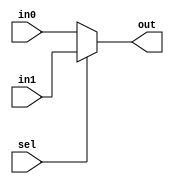
`timescale 1ns / 1ps
//////////////////////////////////////////////////////////////////////////////////
// Company: 
// Engineer: 
// 
// Design Name: 
// Module Name: RISC_16bit_Datapath
// Project Name: 
// Target Devices: 
// Tool Versions: 
// Description: 
// 
// Dependencies: 
// 
// Revision:
// Revision 0.01 - File Created
// Additional Comments:
// 
//////////////////////////////////////////////////////////////////////////////////


module mux2in#( parameter W = 8 )
    ( in0,
      in1,
      sel,
      out
    );
    
    input  [W-1:0] in0;
    input  [W-1:0] in1;
    input          sel;
    
    output [W-1:0] out;
    
    assign out = sel ? in1 : in0;
    
endmodule
//-----------------------------------------------------------------
//-----------------------------------------------------------------
module DataReg#( parameter W = 16 )
    ( clk,
      addr,
      rd,
      wr,
      W_data,
      R_data
    );
    
    input          clk;
    input  [W-9:0] addr;   // 8-bit address to allow 256 selections for DREG
    input          rd;
    input          wr;
    input  [W-1:0] W_data;
    
    output reg [W-1:0] R_data;
 
    reg [15:0] DMEM [0:255]; //256 addresses 16-bits long.   
    
    // INITIALIZE/CREATE VALUES TO PUT IN DMEM[addr] 
    
    integer i;
    
    initial 
    begin
      R_data = 0;
      for ( i = 0; i < 256; i = i+1 )    
        begin
          DMEM[i] = 0;  
        end
    end  
    
    always @( posedge clk )
      begin
        if ( wr == 1'b1 )
          DMEM[addr] <= W_data[W-1:0]; // In the specified address of DREG[], store Write data.
      end
          
    always @( posedge clk )
      begin
        if ( rd == 1'b1 )
          R_data <= DMEM[addr];
        else
          R_data <= R_data;
      end  
    
endmodule
//-----------------------------------------------------------------
//-----------------------------------------------------------------
module mux3in#( parameter W = 16 )
    ( in0,
      in1,
      in2,
      s0,
      s1,
      out
    );
    
    input  [W-1:0] in0;
    input  [W-1:0] in1;
    input  [W-9:0] in2;
    input          s0;
    input          s1;
    
    output reg [W-1:0] out;
    
    // in2 also needs to consider 8-bit sign extended immediate ( LI operation ).
    // if s1 is high and s0 is high, then check if the MSB of in2 is high.
    // if it is, then sign-extend high to 16 bits, else sign-extend low to 16 bits.
    // if s1 is high and s0 is low, then input is in1.
    // if s1 is low then input is in0. 
        
    always @(*)
      begin
        case ( {s1, s0} )
          2'b00: out = in0;
          
          2'b01: out = in1;
          
          2'b10: begin
                   if ( in2[W-9] == 1'b1 )
                     out = {8'hFF, in2[W-9:0]};
                   else 
                     out = {8'h00, in2[W-9:0]};
                 end

          default: out = in0;
        endcase
      end
        
endmodule
//-----------------------------------------------------------------
//-----------------------------------------------------------------
module RegisterFile#( parameter W = 16 )
    ( clk,
      W_data,
      W_addr,
      W_wr,
      Rp_addr,
      Rp_rd,
      Rq_addr,
      Rq_rd,
      Rp_data,
      Rq_data
    );
    
    input  clk;
    input  [W-1:0] W_data;
    input  [3:0]   W_addr;
    input          W_wr;
    input  [3:0]   Rp_addr;
    input          Rp_rd;
    input  [3:0]   Rq_addr;
    input          Rq_rd;
    
    output reg [W-1:0] Rp_data;
    output reg [W-1:0] Rq_data;
        
    reg [15:0] RFMEM [0:15];
    
    integer i;
    
    initial 
    begin
      Rp_data = 0;
      Rq_data = 0;
      for ( i = 0; i < 16; i = i+1 )
        begin
          RFMEM[i] = 0;
        end
    end  
    
    always @( posedge clk )
      begin
        if ( W_wr == 1'b1 )
          RFMEM[W_addr] <= W_data[W-1:0]; 
      end
    
    always @( posedge clk ) 
      begin
        if ( Rp_rd == 1'b1 )
          begin
            RFMEM[Rp_addr] <= Rp_addr; // instead of manually setting values.
            Rp_data        <= RFMEM[Rp_addr];  
          end
        if ( Rq_rd == 1'b1 )
          begin
            RFMEM[Rq_addr] <= Rq_addr; // instead of manually setting values.
            Rq_data        <= RFMEM[Rq_addr]; 
          end
      end
    
endmodule
//-----------------------------------------------------------------
//-----------------------------------------------------------------
module EQZero#( parameter W = 16 )
    ( in0,
      out
    );
    
    input  [W-1:0] in0;
    output         out;
    
    assign out = ( in0 == 16'd0 );
    
endmodule
//-----------------------------------------------------------------
//-----------------------------------------------------------------
module ALU#( parameter W = 16 )
    ( A,
      B,
      s,
      out
    );
    
    input  [W-1:0] A;
    input  [W-1:0] B;
    input  [2:0]   s;
    
    output reg [W-1:0] out;
    
    localparam ADD = 3'b000;
    localparam SUB = 3'b001;
    localparam AND = 3'b010;
    localparam OR  = 3'b011;
    localparam XOR = 3'b100;
    localparam NOT = 3'b101;
    localparam SLA = 3'b110;
    localparam SRA = 3'b111;
    
    always @(*) 
      begin
        case ( s )
          ADD: out = A + B;
          SUB: out = A - B;
          AND: out = A & B;
          OR : out = A | B;
          XOR: out = A ^ B;
          NOT: out = ~A;
          SLA: out = A << 1;
          SRA: out = A >> 1;
                  
          default: out = A + B;
      
        endcase 
      end
    
    
endmodule
//-----------------------------------------------------------------
//-----------------------------------------------------------------
module RISC_16bit_Datapath#( parameter W = 16 )
    ( clk,    
      R_data,
      RF_W_data,
      RF_s1,
      RF_s0,
      RF_W_addr,
      W_wr,
      RF_Rp_addr,
      Rp_rd,
      RF_Rq_addr,
      Rq_rd,
      alu_s,
      alu_out_wire,
      RF_Rp_zero,
      Rp_data_wire,
      Rq_data_wire
    );
    
    input          clk;
      
    input  [W-1:0] R_data;
    input  [W-9:0] RF_W_data; // A, B input;
    input          RF_s1;
    input          RF_s0;
    input  [3:0]   RF_W_addr;
    input          W_wr;
    input  [3:0]   RF_Rp_addr;
    input          Rp_rd;
    input  [3:0]   RF_Rq_addr;
    input          Rq_rd;
    input  [2:0]   alu_s;
    
    output [W-1:0] alu_out_wire;  
    output         RF_Rp_zero;
    output [W-1:0] Rp_data_wire; // W_data
    output [W-1:0] Rq_data_wire;
    
    wire [W-1:0] alu_out_wire;
    wire [W-1:0] mux3_out_wire;
                
    mux3in mux3 ( .in0 ( alu_out_wire  ),
                  .in1 ( R_data        ),
                  .in2 ( RF_W_data     ),
                  .s0  ( RF_s0         ),
                  .s1  ( RF_s1         ),
                  .out ( mux3_out_wire )
                );       
    
    wire [W-1:0] Rp_data_wire;
    wire [W-1:0] Rq_data_wire;
    
    RegisterFile RF ( .clk     ( clk           ),
                      .W_data  ( mux3_out_wire ),
                      .W_addr  ( RF_W_addr     ),
                      .W_wr    ( W_wr          ),
                      .Rp_addr ( RF_Rp_addr    ),
                      .Rp_rd   ( Rp_rd         ),
                      .Rq_addr ( RF_Rq_addr    ),
                      .Rq_rd   ( Rq_rd         ),
                      .Rp_data ( Rp_data_wire  ),
                      .Rq_data ( Rq_data_wire  )
                    );    
    
    EQZero EQZ ( .in0 ( Rp_data_wire ),
                 .out ( RF_Rp_zero   )
               );
    
    ALU aluOp ( .A   ( Rp_data_wire ),
                .B   ( Rq_data_wire ),
                .s   ( alu_s        ),
                .out ( alu_out_wire )
              );
              
              
    
endmodule